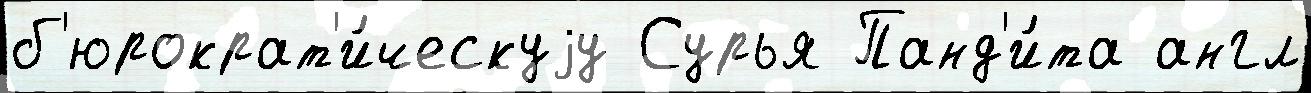
б'юрократ'и́ческуjу Сурья Панд'и́та англ